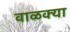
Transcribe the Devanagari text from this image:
वाळक्या